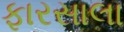
ફારસાલા